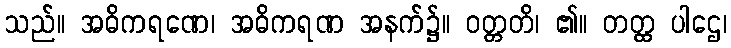
သည်။ အဓိကရဏေ၊ အဓိကရဏ အနက်၌။ ဝတ္တတိ၊ ၏။ တတ္ထ ပါဌေ၊